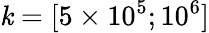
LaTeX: \mathit{k}=[5\times10^{5};10^{6}]